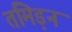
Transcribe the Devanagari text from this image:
तमिड़न